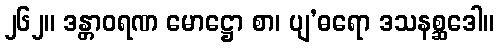
၂၆၂။ ဒန္တာဝရဏ မောဋ္ဌော စာ၊ ပျ’ဓရော ဒသနစ္ဆဒေါ။